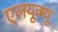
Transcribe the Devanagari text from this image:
एलयूक्यू